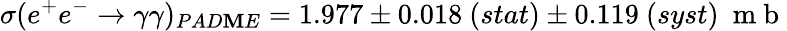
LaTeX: \sigma(e^{+}e^{-}\rightarrow\gamma\gamma)_{PAD\mathbf{M}E}=1.977\pm0.018\ (stat)\pm0.119\ (syst)\ \mathrm{{~m~b~}}